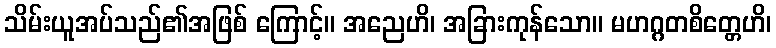
သိမ်းယူအပ်သည်၏အဖြစ် ကြောင့်။ အညေဟိ၊ အခြားကုန်သော။ မဟဂ္ဂတစိတ္တေဟိ၊